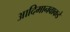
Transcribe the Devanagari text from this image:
आदिमानवाकडे